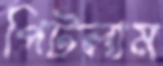
পিটলাম